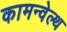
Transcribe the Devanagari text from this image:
कामन्वेल्थ